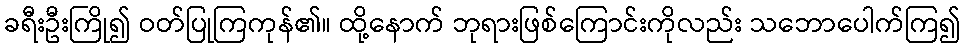
ခရီးဦးကြို၍ ဝတ်ပြုကြကုန်၏။ ထို့နောက် ဘုရားဖြစ်ကြောင်းကိုလည်း သဘောပေါက်ကြ၍